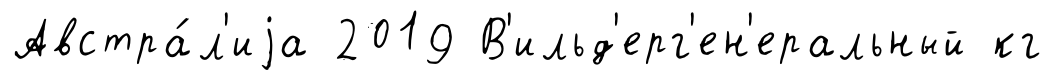
Австра́л'иjа 2019 В'ильд'ерг'ен'еральный кг